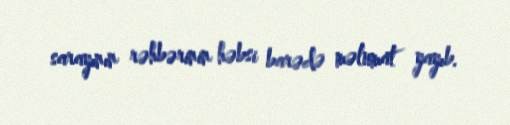
sarayının rəhbərinin həbsi barədə məlumat yayıb.